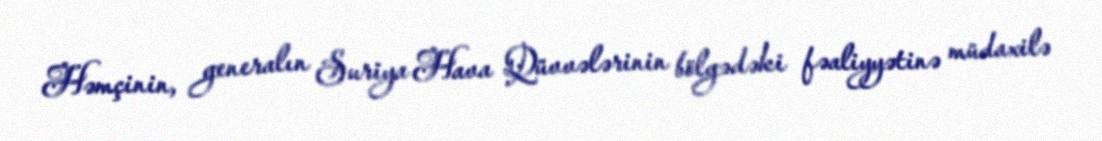
Həmçinin, generalın Suriya Hava Qüvvələrinin bölgədəki fəaliyyətinə müdaxilə